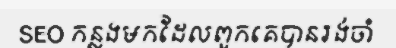
SEO កន្លងមកដែលពួកគេបានរង់ចាំ